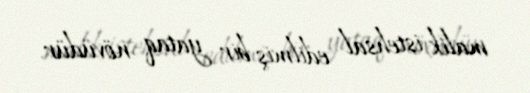
malik, istehsal edilmiş bir yataq növüdür.